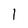
Character: 1